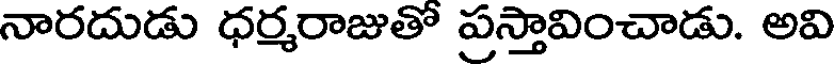
నారదుడు ధర్మరాజుతో ప్రస్తావించాడు. అవి